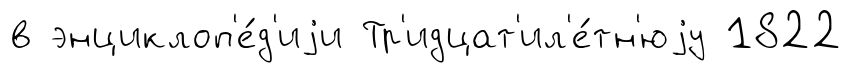
в энциклоп'е́д'иjи Тр'идцат'ил'е́тн'юjу 1822